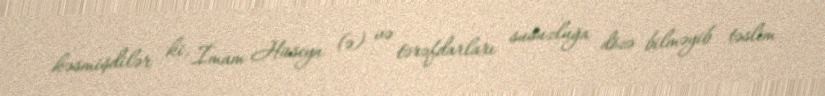
kəsmişdilər ki, İmam Hüseyn (ə) və tərəfdarları susuzluğa dözə bilməyib təslim